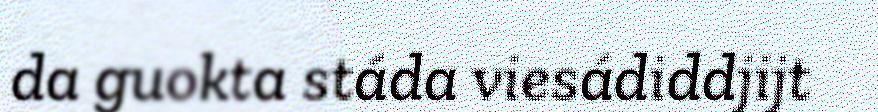
da guokta stáda viesádiddjijt